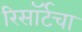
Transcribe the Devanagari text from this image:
रिसॉर्टचा